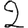
Digit: 2